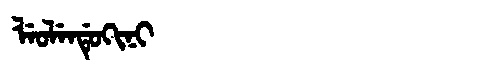
Manchu: ᠯᡝᠣᠯᡝᠨᡩᡠᡴᡳᠨᡳ
Romanization: LEOLENDUKINI